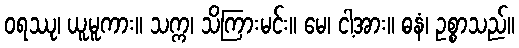
ဝရဿု၊ ယူမူကား။ သက္က၊ သိကြားမင်း။ မေ၊ ငါ့အား။ ဓနံ၊ ဥစ္စာသည်။